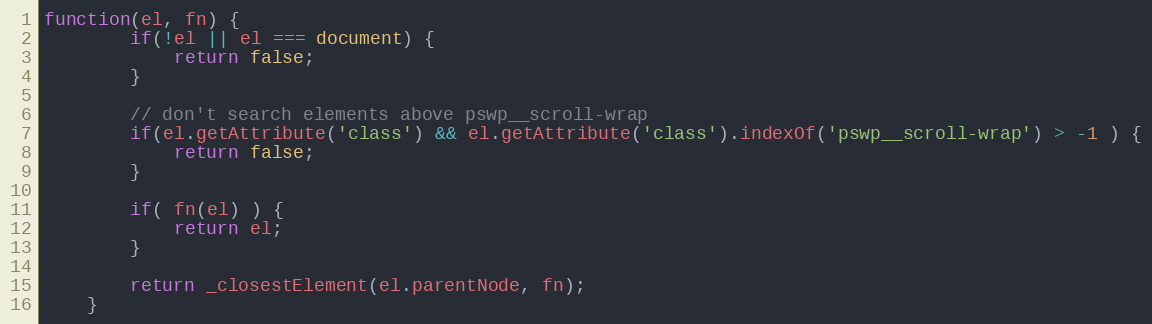
Language: JavaScript
function(el, fn) {
	  	if(!el || el === document) {
	  		return false;
	  	}

	  	// don't search elements above pswp__scroll-wrap
	  	if(el.getAttribute('class') && el.getAttribute('class').indexOf('pswp__scroll-wrap') > -1 ) {
	  		return false;
	  	}

	  	if( fn(el) ) {
	  		return el;
	  	}

	  	return _closestElement(el.parentNode, fn);
	}